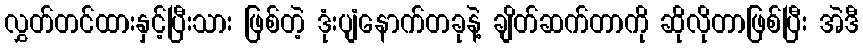
လွှတ်တင်ထားနှင့်ပြီးသား ဖြစ်တဲ့ ဒုံးပျံနောက်တခုနဲ့ ချိတ်ဆက်တာကို ဆိုလိုတာဖြစ်ပြီး အဲဒီ